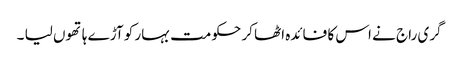
گری راج نے اس کا فائدہ اٹھا کر حکومت بہار کو آڑے ہاتھوں لیا ۔